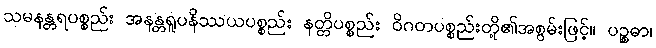
သမနန္တရပစ္စည်း အနန္တရူပနိဿယပစ္စည်း နတ္တိပစ္စည်း ဝိဂတပစ္စည်းတို့၏အစွမ်းဖြင့်။ ပဉ္စဓာ၊